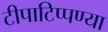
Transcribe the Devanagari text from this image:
टीपाटिप्पण्या